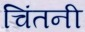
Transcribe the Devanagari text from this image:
चिंतनी